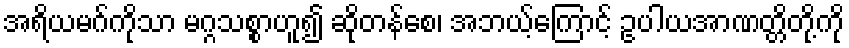
အရိယမဂ်ကိုသာ မဂ္ဂသစ္စာဟူ၍ ဆိုတန်စေ၊ အဘယ့်ကြောင့် ဥပါယအာဏတ္တိတို့ကို